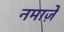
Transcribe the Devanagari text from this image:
नमाजे़